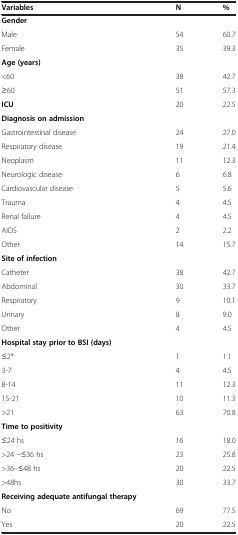
<table><thead><tr><td><b>Variables</b></td><td><b>N</b></td><td><b>%</b></td></tr></thead><tbody><tr><td><b>Gender</b></td><td> </td><td> </td></tr><tr><td>Male</td><td>54</td><td>60.7</td></tr><tr><td>Female</td><td>35</td><td>39.3</td></tr><tr><td><b>Age (years)</b></td><td> </td><td> </td></tr><tr><td>&lt;60</td><td>38</td><td>42.7</td></tr><tr><td>≥60</td><td>51</td><td>57.3</td></tr><tr><td><b>ICU</b></td><td>20</td><td>22.5</td></tr><tr><td><b>Diagnosis on admission</b></td><td> </td><td> </td></tr><tr><td>Gastrointestinal disease</td><td>24</td><td>27.0</td></tr><tr><td>Respiratory disease</td><td>19</td><td>21.4</td></tr><tr><td>Neoplasm</td><td>11</td><td>12.3</td></tr><tr><td>Neurologic disease</td><td>6</td><td>6.8</td></tr><tr><td>Cardiovascular disease</td><td>5</td><td>5.6</td></tr><tr><td>Trauma</td><td>4</td><td>4.5</td></tr><tr><td>Renal failure</td><td>4</td><td>4.5</td></tr><tr><td>AIDS</td><td>2</td><td>2.2</td></tr><tr><td>Other</td><td>14</td><td>15.7</td></tr><tr><td><b>Site of infection</b></td><td> </td><td> </td></tr><tr><td>Catheter</td><td>38</td><td>42.7</td></tr><tr><td>Abdominal</td><td>30</td><td>33.7</td></tr><tr><td>Respiratory</td><td>9</td><td>10.1</td></tr><tr><td>Urinary</td><td>8</td><td>9.0</td></tr><tr><td>Other</td><td>4</td><td>4.5</td></tr><tr><td><b>Hospital stay prior to BSI (days)</b></td><td> </td><td> </td></tr><tr><td>≤2*</td><td>1</td><td>1.1</td></tr><tr><td>3-7</td><td>4</td><td>4.5</td></tr><tr><td>8-14</td><td>11</td><td>12.3</td></tr><tr><td>15-21</td><td>10</td><td>11.3</td></tr><tr><td>&gt;21</td><td>63</td><td>70.8</td></tr><tr><td><b>Time to positivity</b></td><td> </td><td> </td></tr><tr><td>≤24 hs</td><td>16</td><td>18.0</td></tr><tr><td>&gt;24 --≤36 hs</td><td>23</td><td>25.8</td></tr><tr><td>&gt;36--≤48 hs</td><td>20</td><td>22.5</td></tr><tr><td>&gt;48hs</td><td>30</td><td>33.7</td></tr><tr><td><b>Receiving adequate antifungal therapy</b></td><td> </td><td> </td></tr><tr><td>No</td><td>69</td><td>77.5</td></tr><tr><td>Yes</td><td>20</td><td>22.5</td></tr></tbody></table>